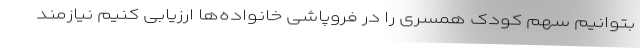
بتوانیم سهم کودک همسری را در فروپاشی خانواده‌ها ارزیابی کنیم نیازمند